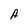
Character: A